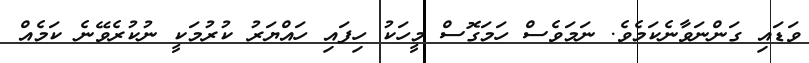
ވަޑައި ގަންނަވާނެކަމެވެ. ނަމަވެސް ހަމަގޮސް މީހަކު ހިފައި ހައްޔަރު ކުރުމަކީ ނުކުރެވޭނެ ކަމެއް